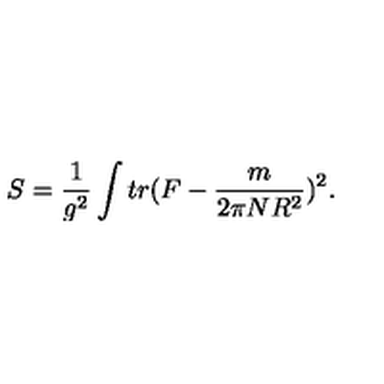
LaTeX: S = \frac { 1 } { g ^ { 2 } } \int t r ( F - \frac { m } { 2 \pi N R ^ { 2 } } ) ^ { 2 } .